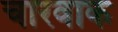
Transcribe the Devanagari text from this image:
चारवाक